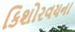
કિશોરવયના